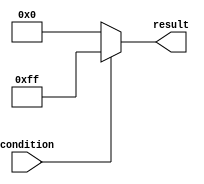
module if_else_statement (
    input wire condition,
    output reg [7:0] result
);

always @(*) begin
    if (~condition) begin
        // Execute this block if condition is false
        result = 8'b00000000; // Set result to all zeros
    end
    else begin
        // Execute this block if condition is true
        result = 8'b11111111; // Set result to all ones
    end
end

endmodule